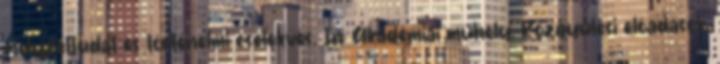
Helyzettudat és történelmi cselekvés. In: Akadémiai műhely. Közgyűlési előadások.